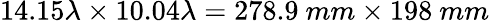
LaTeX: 14.15\lambda\times 10.04\lambda=278.9~mm\times 198~mm